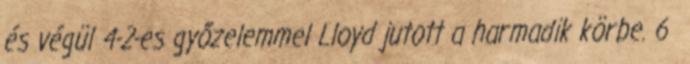
és végül 4-2-es győzelemmel Lloyd jutott a harmadik körbe. 6